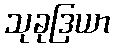
သုခုဒြယာ